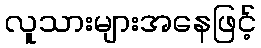
လူသားများအနေဖြင့်